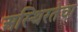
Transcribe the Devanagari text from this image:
अस्थिरतेचा